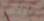
التروس